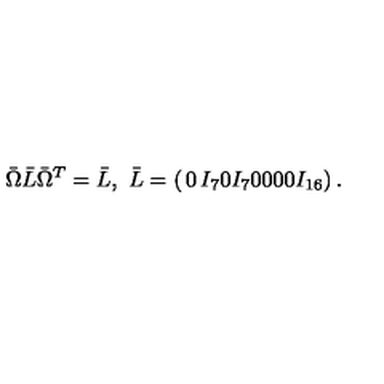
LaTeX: \bar { \Omega } \bar { L } \bar { \Omega } ^ { T } = \bar { L } , \ \bar { L } = \left( \begin{matrix} { 0 } & { I _ { 7 } } & { 0 } \\ { I _ { 7 } } & { 0 } & { 0 } \\ { 0 } & { 0 } & { I _ { 1 6 } } \\ \end{matrix} \right) .